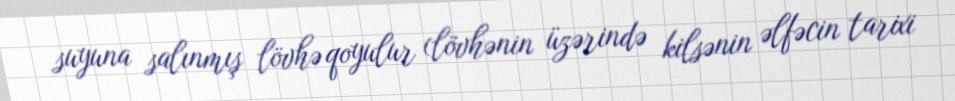
suyuna salınmış lövhə qoyulur (lövhənin üzərində kilsənin əlfəcin tarixi